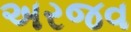
અરજવ